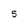
Character: 5